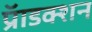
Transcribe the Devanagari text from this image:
प्रॅाडक्शन